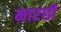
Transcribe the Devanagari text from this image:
मारछी